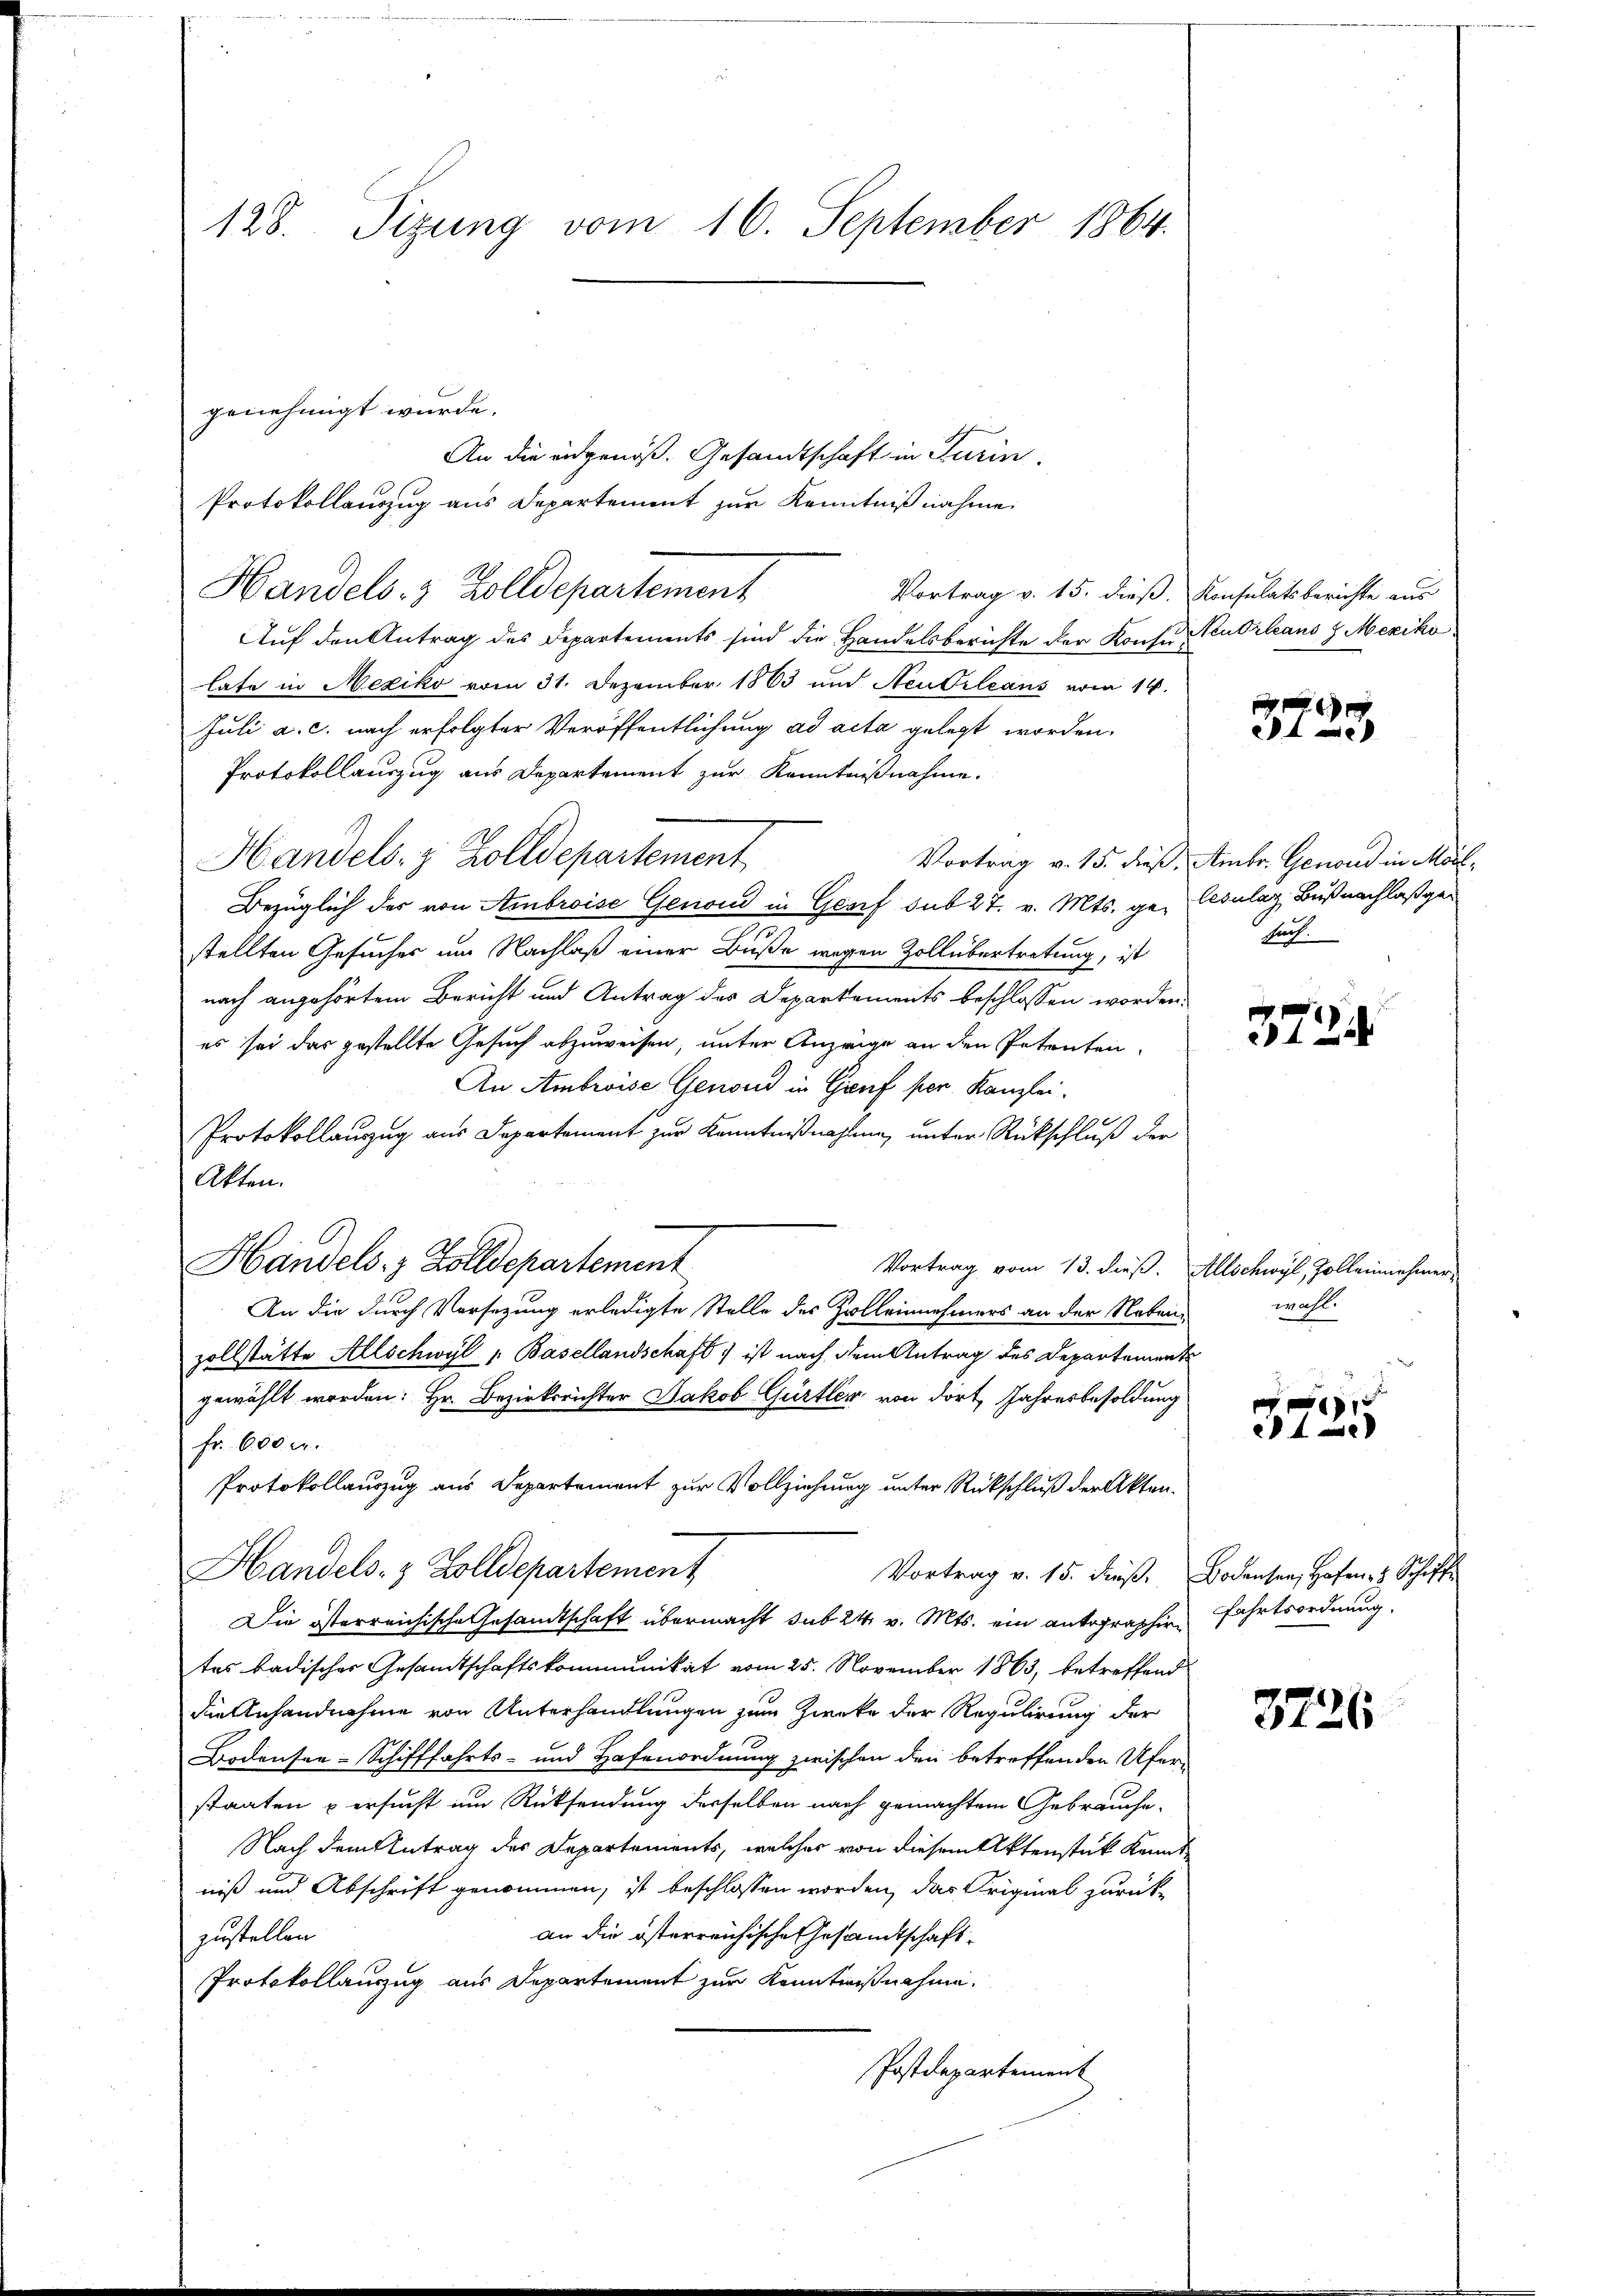
An die eidgenöß. Gesandtschaft in Turin,
Protokollauszug aus Departement zur Kenntniß nahme.
Vortrag v. 15. dieß. Konsulatsberichte aus
Auf den Antrag des Departements sind die Handelsberichte der Konsur Orleans J. Mexiko
lafe in Mexiko vom 31. Dezember 1883 und Neubileans vom 14.
Juli a. c. nach erfolgter Veröffentlichung ad acta gelegt worden.
Protokollauszug aus Departement zur Kenntnißnahme.
Handels- & Zolldepartement
Bezüglich des von Ambroise Genoud in Genf sub 27. v. Mts. ge- Cecular Buß nachlaß gestellten Gesuches um Nachlaß einer Buße wegen Zoll übertretung, ist
nach angehörtem Bericht und Antrag des Departements beschlossen worden.
es sei das gestellte Gesuch abzuweisen, unter Anzeige an den Petenten,
An Ambroise Genoud in Gruf per Kanzlei.
Protokollauszug aus Departement zur Kenntnißnahmen, unter Rückschluß der
Akten.
Handels- & Zolldepartement
Vortrag vom 13. dieß. Allschwyl, Zolleinnnehmer
An die durch Vorsezung erledigte Stelle des Zolleinnehmers an der Neben-
zollstätte Allschwyl " Basellandschaft) ist nach dem Antrag des Departements
gewählt worden: Hr. Bezirksrichter Jakob Gürtler von dort Jahresbesoldung
fr. 600 c.
Protokollauszug aus Departement zur Vollziehung unter Rückschluß der Akten.
Handels- & Zolldepartement
Vortrag v. 15. dieβ. Bodensen Hafen Schi
Die österreichische Gesamtschaft übermacht sub 24. v. Mts. ein Antographir
tes badisches Gesamtschaftskommunikat vom 25. November 1863, betreffend
die Anhandnahme von Unterhandlungen zum Zwecke der Regulirung der
Bodensee-Schifffahrts- und Hafenordnung zwischen den betreffenden Ufer-
staaten & ersucht um Rücksendung derselben nach gemachtem Gebrauche
Nach dem Antrag des Departements, welches von diesem Aktenstück kannt
niß und Abschrift genommen, ist beschlossen worden, das Original zurückan die österreichische Gesandtschaft
zustellen.
Protokollauszug aus Departement zur Kenntnißnahme.
Postdepartement

128. Sizung vom 16. September 1864.

genehmigt wurde.

Handels- & Zolldepartement

21
4

Vortrag v. 15. dieß Ambr. Genond in Mörl,
such.

372

wahl.

e
 4

fahrtsordnung.

3726